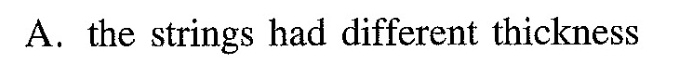
A.the strings had different thickness